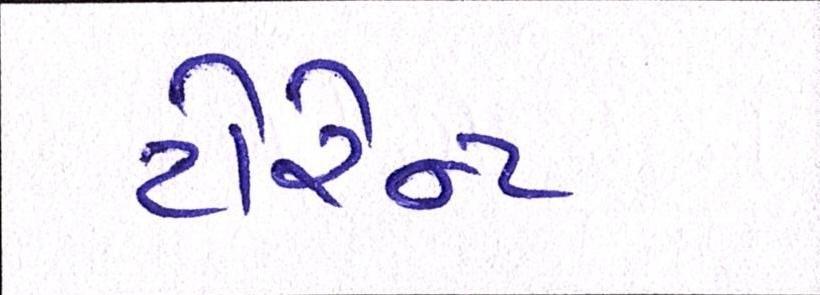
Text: ટોરેન્ટ